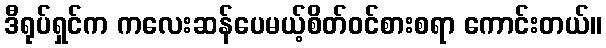
ဒီရုပ်ရှင်က ကလေးဆန်ပေမယ့်စိတ်ဝင်စားစရာ ကောင်းတယ်။